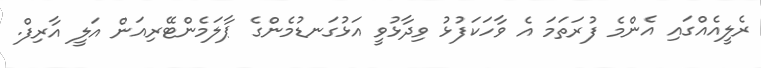
ރެލީއެއްގައި އެންމެ ފުރަތަމަ އެ ވާހަކަފުޅު ވިދާޅުވީ އަޅުގަނޑުމެންގެ ޕާލަމެންޓޭރިއަން އަލީ އާރިފް.